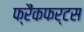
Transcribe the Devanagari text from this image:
फ्रैंकफर्टस